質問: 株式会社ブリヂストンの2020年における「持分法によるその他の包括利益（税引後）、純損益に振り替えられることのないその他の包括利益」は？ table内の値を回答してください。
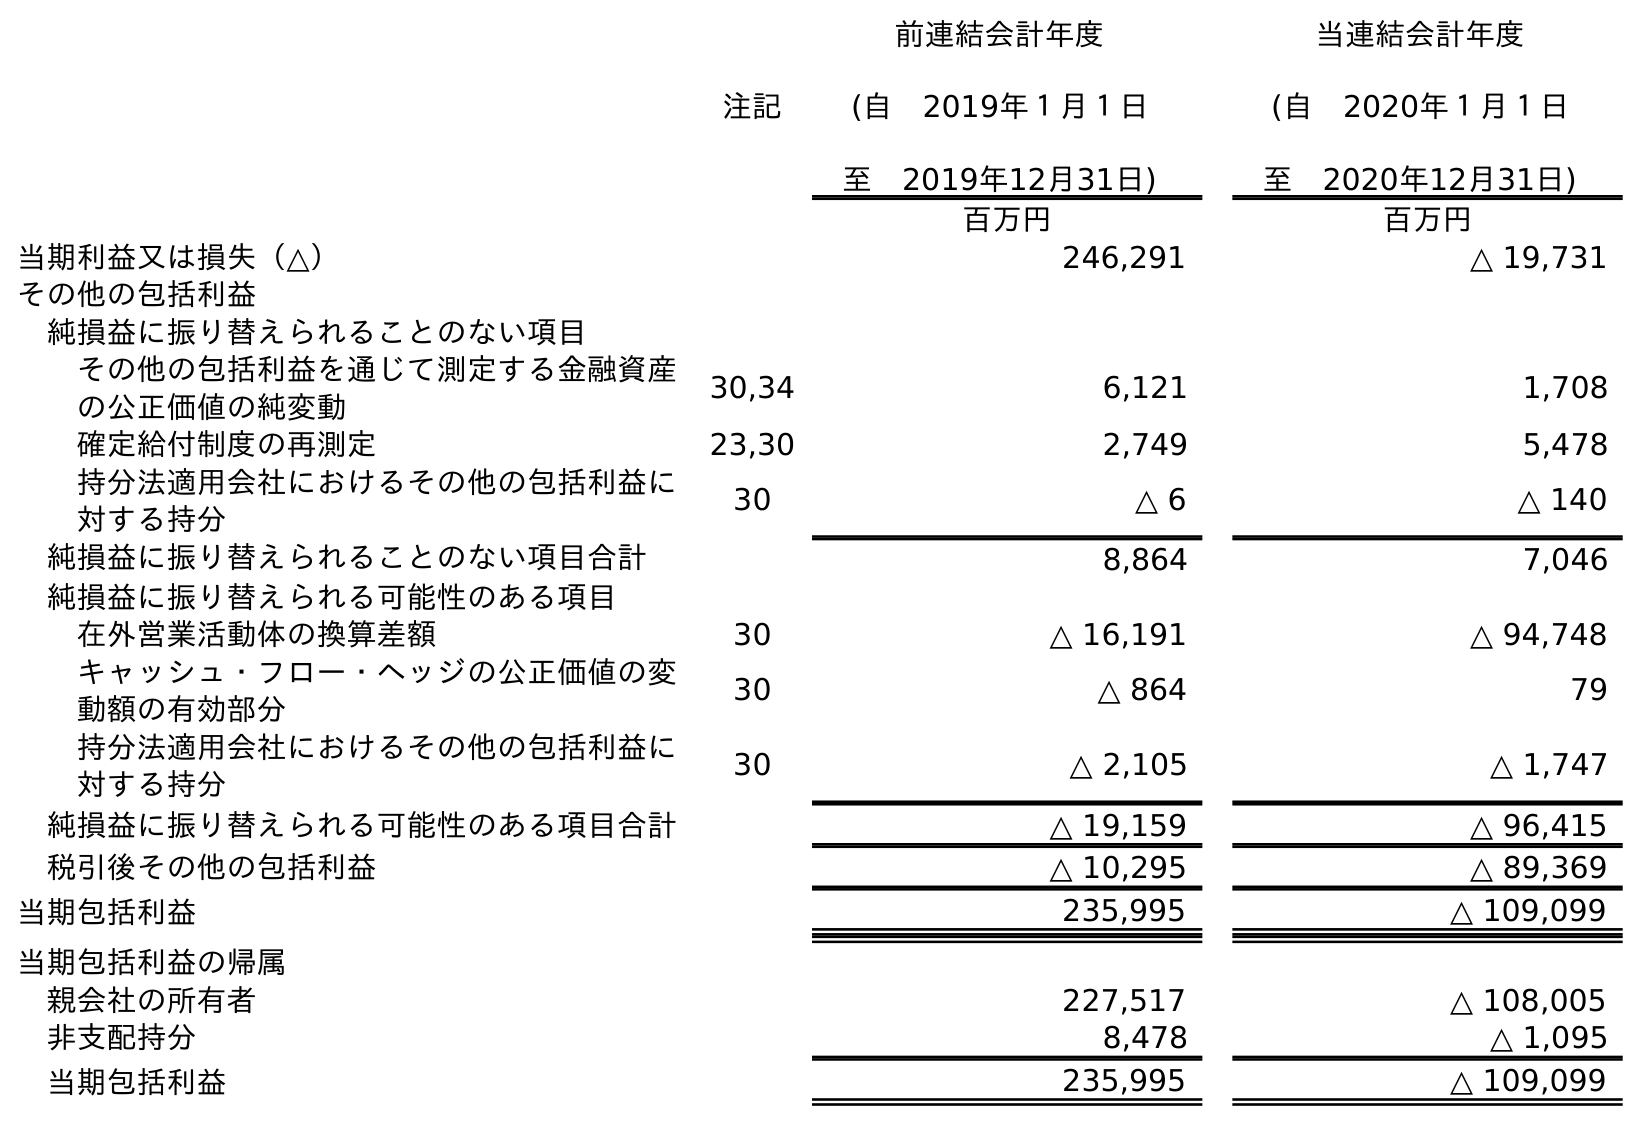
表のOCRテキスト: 注記 前連結会計年度 (自 2019年１月１日 至 2019年12月31日) 当連結会計年度 (自 2020年１月１日 至 2020年12月31日) 百万円 百万円 当期利益又は損失（△） 246,291 △ 19,731 その他の包括利益 純損益に振り替えられることのない項目 その他の包括利益を通じて測定する金融資産 の公正価値の純変動 30,34 6,121 1,708 確定給付制度の再測定 23,30 2,749 5,478 持分法適用会社におけるその他の包括利益に 対する持分 30 △ 6 △ 140 純損益に振り替えられることのない項目合計 8,864 7,046 純損益に振り替えられる可能性のある項目 在外営業活動体の換算差額 30 △ 16,191 △ 94,748 キャッシュ・フロー・ヘッジの公正価値の変 動額の有効部分 30 △ 864 79 持分法適用会社におけるその他の包括利益に 対する持分 30 △ 2,105 △ 1,747 純損益に振り替えられる可能性のある項目合計 △ 19,159 △ 96,415 税引後その他の包括利益 △ 10,295 △ 89,369 当期包括利益 235,995 △ 109,099 当期包括利益の帰属 親会社の所有者 227,517 △ 108,005 非支配持分 8,478 △ 1,095 当期包括利益 235,995 △ 109,099
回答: △140